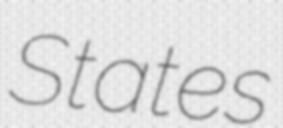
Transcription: States